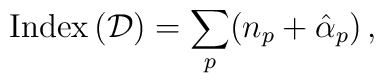
\mbox{Index}\,({\cal D})=\sum_p(n_p+\hat\alpha_p)\,,